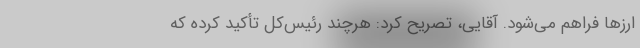
ارز‌ها فراهم می‌شود. آقایی، تصریح کرد: هرچند رئیس‌کل تأکید کرده که